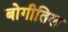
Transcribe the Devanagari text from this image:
बोगीतिल